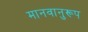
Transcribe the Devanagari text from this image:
मानवानुरूप